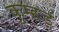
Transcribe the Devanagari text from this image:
कुम्हड़